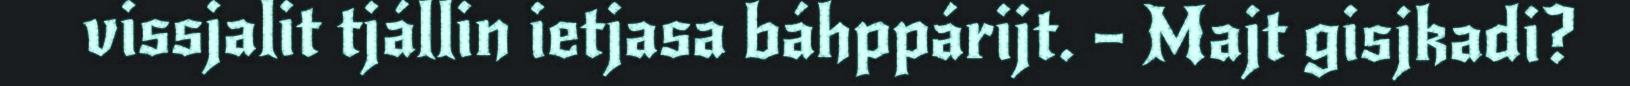
vissjalit tjállin ietjasa báhppárijt. – Majt gisjkadi?